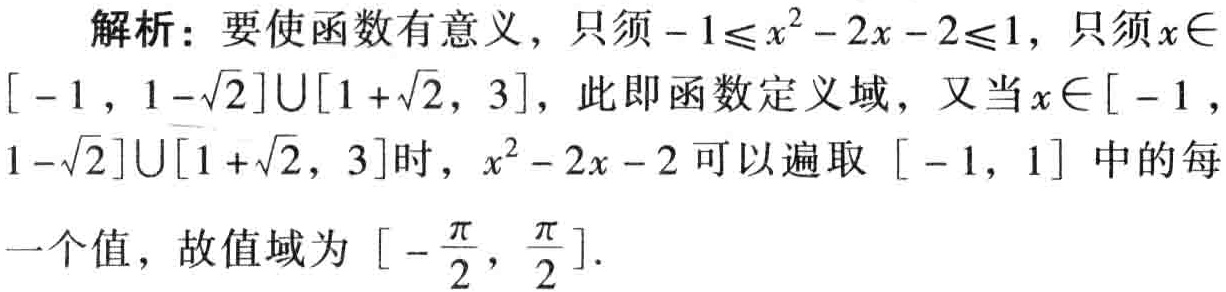
解析：要使函数有意义，只须\(-1\leqslant x^{2}-2x - 2\leqslant1\)，只须\(x\in[-1,1 - \sqrt{2}]\cup[1 + \sqrt{2},3]\)，此即函数定义域，又当\(x\in[-1,1 - \sqrt{2}]\cup[1 + \sqrt{2},3]\)时，\(x^{2}-2x - 2\)可以遍取\([-1,1]\)中的每一个值，故值域为\([-\frac{\pi}{2},\frac{\pi}{2}]\)。